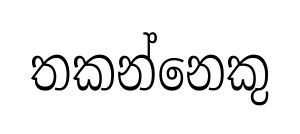
තකන්නෙකු